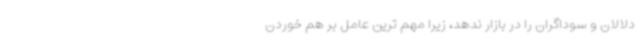
دلالان و سوداگران را در بازار ندهد، زیرا مهم ترین عامل بر هم خوردن